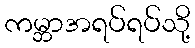
ကမ္ဘာအရပ်ရပ်သို့